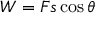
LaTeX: W = F s \cos { \theta }